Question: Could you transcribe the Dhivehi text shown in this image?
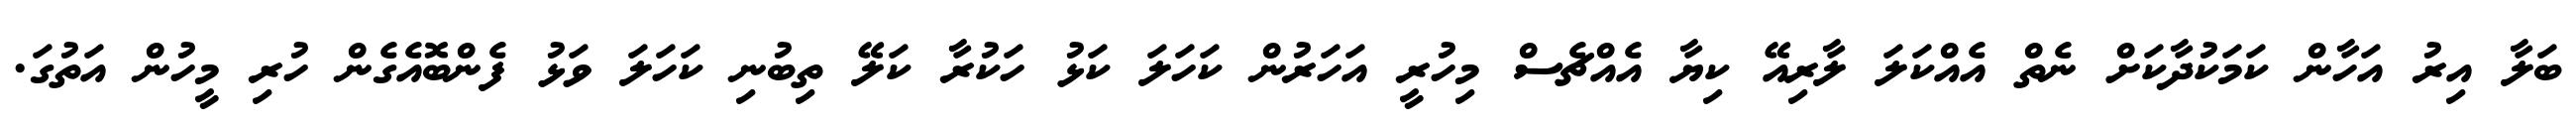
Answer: ބަލާ އިރު އަހާން ކަމަކުދާކަށް ނެތް އެއްކަލަ ލާރިއޭ ކިޔާ އެއްޗެސް މިހުރީ އަހަރުން ކަހަލަ ކަޅު ހަކުރާ ކަލޭ ތިބުނި ކަހަލަ ވަޅު ފެންބޮއެގެން ހުރި މީހުން އަތުގަ.